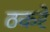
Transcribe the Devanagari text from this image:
ठकरे